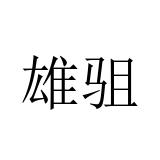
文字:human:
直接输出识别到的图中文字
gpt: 雄驵